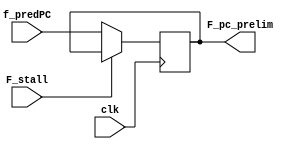
`timescale 1ns / 1ps
module f_register (
input F_stall,
input[63:0] f_predPC,
input clk,
// input[3:0] f_pc, //the input pc. 
// input [3:0] F_stat,
output reg [63:0] F_pc_prelim //goes into F stage.
// output reg [3:0] f_stat
);

always @(posedge clk) begin

    if(!F_stall)begin
        F_pc_prelim = f_predPC;
    end

end

endmodule